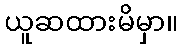
ယူဆထားမိမှာ။